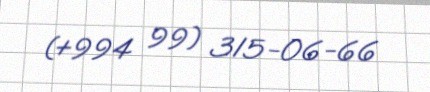
(+994 99) 315-06-66